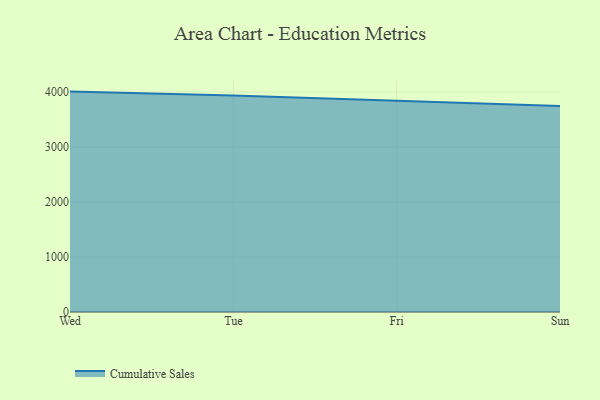
{"axis": {"x": "Day", "y": "Temperature (°C)"}, "legend": ["Cumulative Sales"], "data": [{"x": "Wed", "y": 4007.9, "type": "Cumulative Sales"}, {"x": "Tue", "y": 3936.0, "type": "Cumulative Sales"}, {"x": "Fri", "y": 3842.7, "type": "Cumulative Sales"}, {"x": "Sun", "y": 3746.0, "type": "Cumulative Sales"}]}